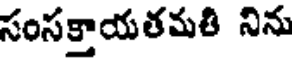
సంసక్తాయతమతి నిను